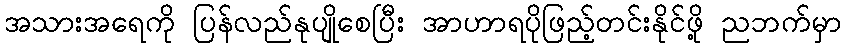
အသားအရေကို ပြန်လည်နုပျိုစေပြီး အာဟာရပိုဖြည့်တင်းနိုင်ဖို့ ညဘက်မှာ